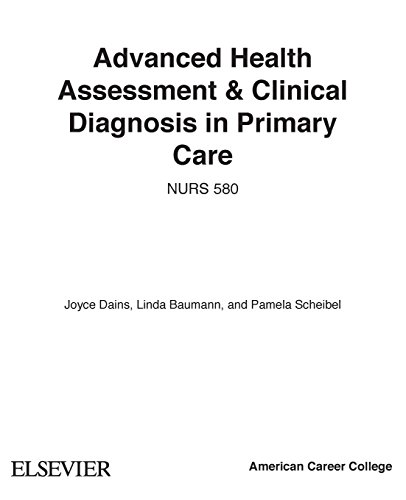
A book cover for Advanced Health Assessment & Clinical Diagnosis in Primary Care, 4e; Joyce E. Dains DrPH  JD  RN  FNP  BC  DPNAP; Medical Books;